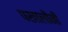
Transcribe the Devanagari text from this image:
पखालींनी